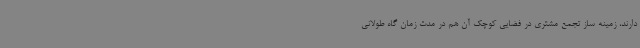
دارند، زمینه ساز تجمع مشتری در فضایی کوچک آن هم در مدت زمان گاه طولانی